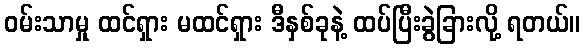
ဝမ်းသာမှု ထင်ရှား မထင်ရှား ဒီနှစ်ခုနဲ့ ထပ်ပြီးခွဲခြားလို့ ရတယ်။